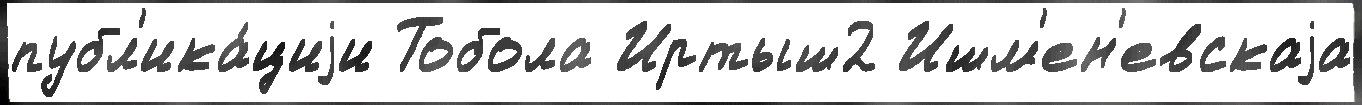
публ'ика́циjи Тобола Иртыш2 Ишм'ен'евскаjа